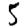
Digit: 5